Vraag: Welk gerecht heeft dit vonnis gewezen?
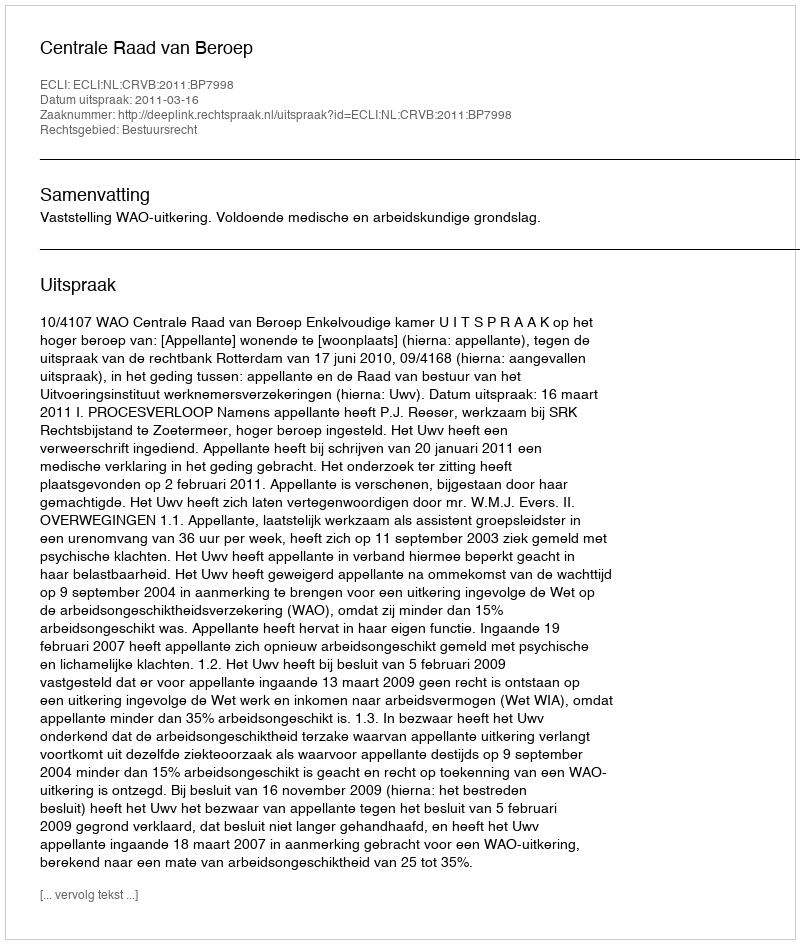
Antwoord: Centrale Raad van Beroep